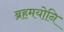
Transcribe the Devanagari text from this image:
ब्रहमयोनि